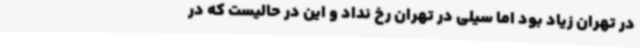
در تهران زیاد بود اما سیلی در تهران رخ نداد و این در حالیست که در